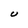
Character: U